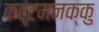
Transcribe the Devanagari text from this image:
कट्टमनक्कु